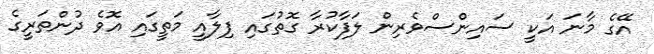
އޭގެ މާނަ އަކީ ސައިންސްވެރިން ލަފާކުރާ ގޮތުގައި ފިލާއީ މަތީގައި އޮވެ ދުންތަރީގެ